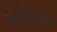
મોબાઇલના